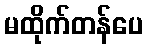
မထိုက်တန်ပေ